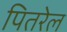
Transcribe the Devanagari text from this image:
पितरेल